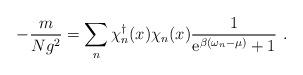
LaTeX: \begin{align*}- \frac{m}{Ng^2} = \sum_n \chi_n^{\dagger}(x) \chi_n(x) \frac{1}{{\rm e}^{\beta (\omega_n- \mu)}+1} \ .\end{align*}